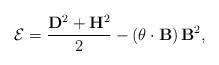
LaTeX: \begin{align*}{\cal E}=\frac {{\bf D}^2 +{\bf H}^2}{2}-\left({\bf \theta}\cdot{\bf B} \right){\bf B}^2 ,\end{align*}